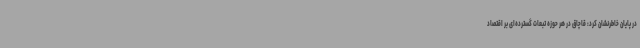
در پایان خاطرنشان کرد: قاچاق در هر حوزه تبعات گسترده‌ای بر اقتصاد